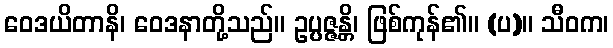
ဝေဒယိတာနိ၊ ဝေဒနာတို့သည်။ ဥပ္ပဇ္ဇန္တိ၊ ဖြစ်ကုန်၏။ (ပ)။ သီဝက၊